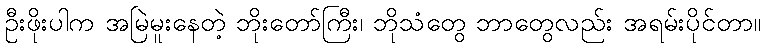
ဦးဖိုးပါက အမြဲမူးနေတဲ့ ဘိုးတော်ကြီး၊ ဘိုသံတွေ ဘာတွေလည်း အရမ်းပိုင်တာ။